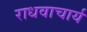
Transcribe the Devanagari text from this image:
राधवाचार्य